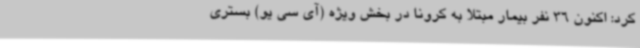
کرد: اکنون 36 نفر بیمار مبتلا به کرونا در بخش ویژه (آی سی یو) بستری